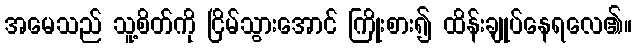
အမေသည် သူ့စိတ်ကို ငြိမ်သွားအောင် ကြိုးစား၍ ထိန်းချုပ်နေရလေ၏။